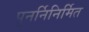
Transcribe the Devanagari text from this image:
पुनर्निनिर्मित